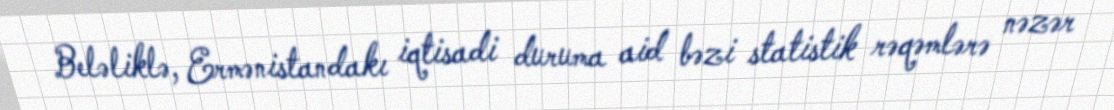
Beləliklə, Ermənistandakı iqtisadi duruma aid bəzi statistik rəqəmlərə nəzər